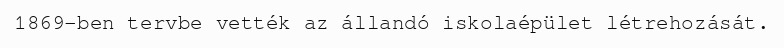
1869-ben tervbe vették az állandó iskolaépület létrehozását.